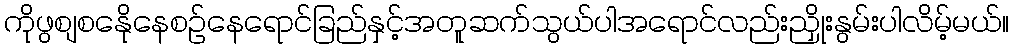
ကိုဖွစျစနေိုနေစဉ်နေရောင်ခြည်နှင့်အတူဆက်သွယ်ပါအရောင်လည်းညှိုးနွမ်းပါလိမ့်မယ်။